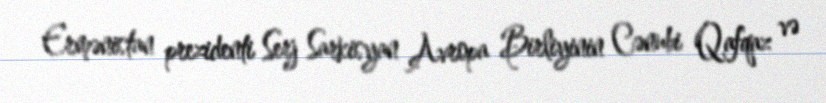
Ermənistan prezidenti Serj Sarkisyan Avropa Birliyinin Cənubi Qafqaz və